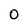
Character: 0